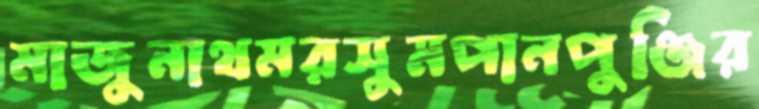
মাজুনাথমরসুমপানপুঞ্জির